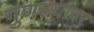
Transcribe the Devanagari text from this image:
गुणल्यावर